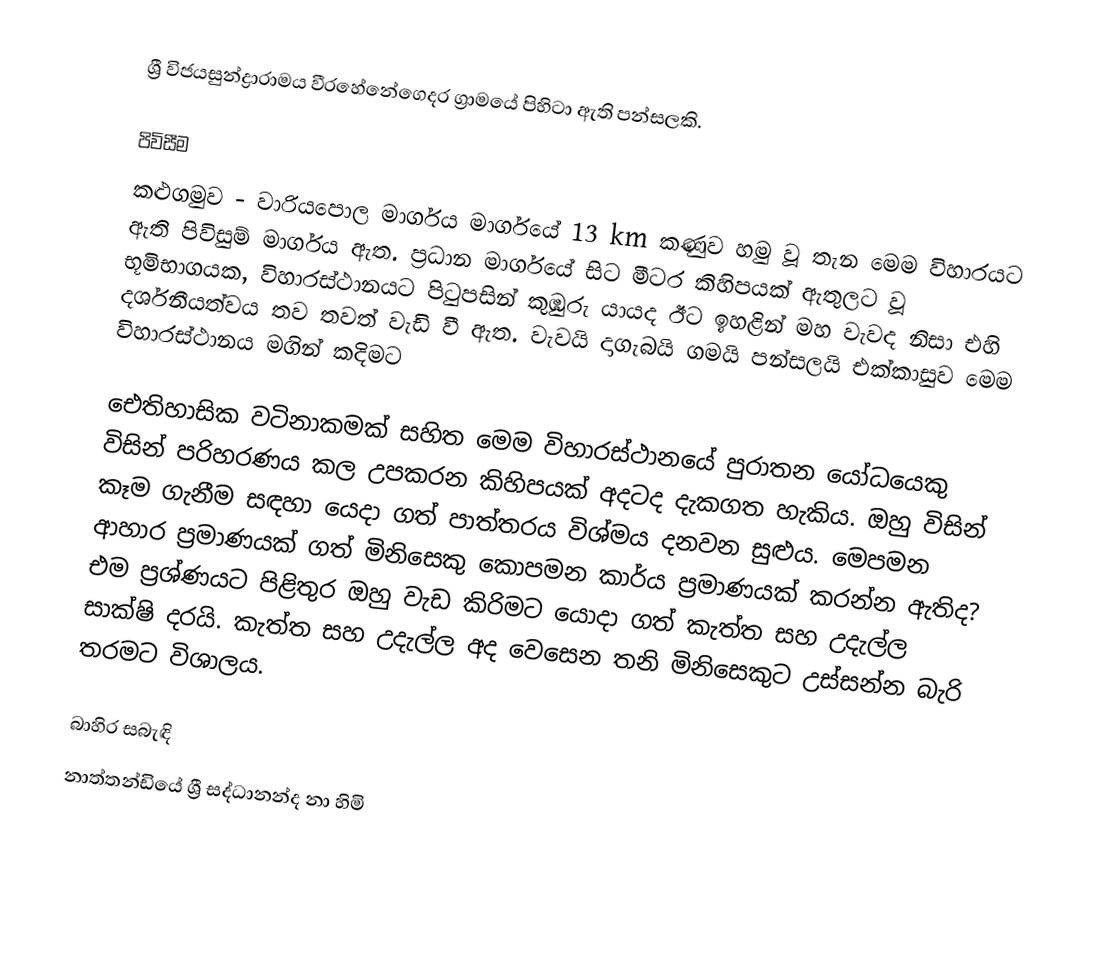
ශ්‍රී විජයසුන්ද්‍රාරාමය වීරහේනේගෙදර ග්‍රාමයේ පිහිටා ඇති පන්සලකි.

පිවිසීම
කළුගමුව - වාරියපොල මාර්ගය මාර්ගයේ 13 km කණුව හමු වූ තැන මෙම විහාරයට ඇති පිවිසුම් මාර්ගය ඇත. ප්‍රධාන මාර්ගයේ සිට මීටර කිහිපයක් ඇතුලට වූ භූමිභාගයක, විහාරස්ථානයට පිටුපසින් කුඹුරු යායද ඊට ඉහළින් මහ වැවද නිසා එහි දර්ශනීයත්වය තව තවත් වැඩි වී ඇත. වැවයි දාගැබයි ගමයි පන්සලයි එක්කාසුව මෙම විහාරස්ථානය මගින් කදිමට

ඓතිහාසික වටිනාකමක් සහිත මෙම විහාරස්ථානයේ පුරාතන යෝධයෙකු විසින් පරිහරණය කල උපකරන කිහිපයක් අදටද දැකගත හැකිය. ඔහු විසින් කෑම ගැනීම සඳහා යෙදා ගත් පාත්තරය විශ්මය දනවන සුළුය. මෙපමන ආහාර ප්‍රමාණයක් ගත් මිනිසෙකු කොපමන කාර්ය ප්‍රමාණයක් කරන්න ඇතිද? එම ප්‍රශ්ණයට පිළිතුර ඔහු වැඩ කිරිමට යොදා ගත් කැත්ත සහ උදැල්ල සාක්ෂි දරයි. කැත්ත සහ උදැල්ල අද වෙසෙන තනි මිනිසෙකුට උස්සන්න බැරි තරමට විශාලය.

බාහිර සබැඳි
 නාත්තන්ඩියේ ශ්‍රී සද්ධානන්ද නා හිමි